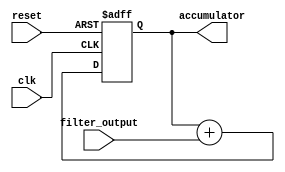
module iir_accumulator (
    input clk,
    input reset,
    input [15:0] filter_output,
    output reg [15:0] accumulator = 16'd0
);

always @(posedge clk or posedge reset) begin
    if (reset) begin
        accumulator <= 16'd0;
    end else begin
        accumulator <= accumulator + filter_output;
    end
end

endmodule